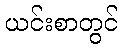
ယင်းစာတွင်